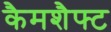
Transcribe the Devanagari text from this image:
कैमशैफ्ट